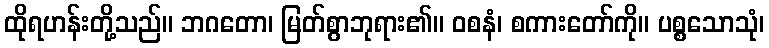
ထိုရဟန်းတို့သည်။ ဘဂတော၊ မြတ်စွာဘုရား၏။ ဝစနံ၊ စကားတော်ကို။ ပစ္စသောသုံ၊